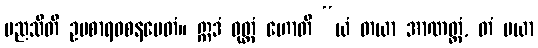
မညသီတိ ဥပစာရဝစနမေတံ။ ဣဒံ ဝုတ္တံ ဟောတိ “ယံ တယာ အာဏတ္တံ, တံ မယာ